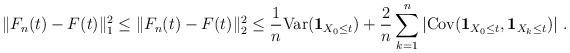
LaTeX: \begin{align*}\|F_n(t)-F(t)\|_1^2 \leq \|F_n(t)-F(t)\|_2^2 \leq \frac 1 n {\mathrm {Var}}({\bf 1}_{X_0\leq t}) +\frac 2 n \sum_{k=1}^n \left | {\mathrm {Cov}}({\bf 1}_{X_0\leq t}, {\bf 1}_{X_k\leq t}) \right | \, . \end{align*}